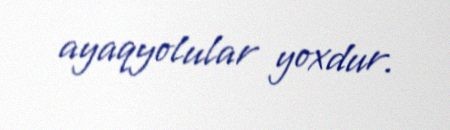
ayaqyolular yoxdur.